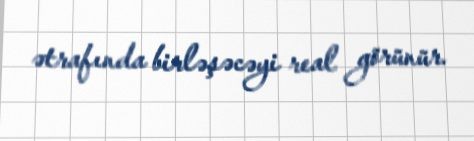
ətrafında birləşəcəyi real görünür.